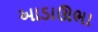
આડાઊભા